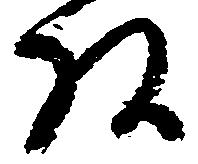
頭